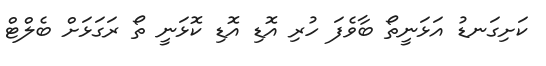
ކަށިގަނޑު އަޅަނީތޯ ބާވެފަ ހުރި އޮޑި އޮޑި ކޮޅަނީ ތޯ ރަގަޅަށް ބެލްޓް